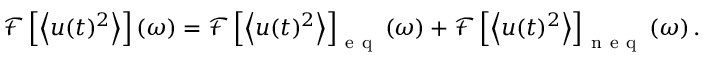
\mathcal { F } \left[ \left< u ( t ) ^ { 2 } \right> \right] ( \omega ) = \mathcal { F } \left[ \left< u ( t ) ^ { 2 } \right> \right] _ { \mathrm { ~ e ~ q ~ } } ( \omega ) + \mathcal { F } \left[ \left< u ( t ) ^ { 2 } \right> \right] _ { \mathrm { ~ n ~ e ~ q ~ } } ( \omega ) \, .